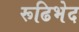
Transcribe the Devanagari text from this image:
रूढिभेद